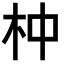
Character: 𣐄